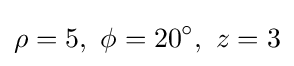
\rho =5,\ \phi =20^{\circ },\ z=3